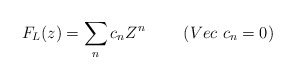
\begin{align*}F_{L}(z)=\sum_{n} c_{n} Z^{n}~~~~~~~(Vec~c_{n}=0)\end{align*}